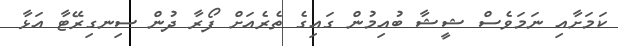
ކަމަށާއި ނަމަވެސް ޝީޝާ ބުއިމުން ގައިގެ ތެރެއަށް ފޯރާ ދުން ސިނގިރޭޓާ އަޅާ